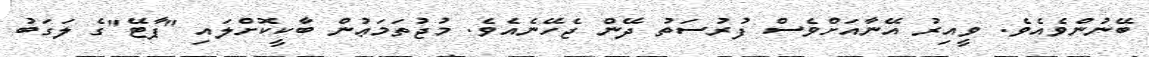
ބޭނުންވެއެވެ. ވީއިރު އޭނާއަށްވެސް ފުރުސަތު ދޭން ޖެހޭނެއެވެ. މުޖުތަމަޢުން ބާކީކޮށްލައި "ޕާޓޭ"ގެ ލަގަބު